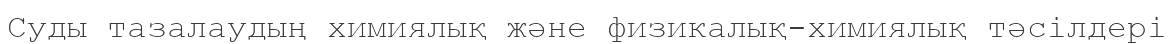
Суды тазалаудың химиялық және физикалық-химиялық тәсілдері